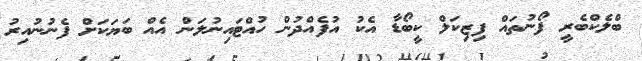
ބްލެކްބެރީ ފޯނުތައް ފިޒިކަލް ކީބޯޑާ އެކު އުފެއްދުން ހުއްޓައިނުލަން އެއް ބަޔަކަށް ފެނުނުއިރު